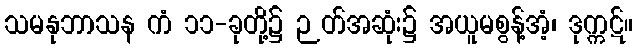
သမနုဘာသန ကံ ၁၁-ခုတို့၌ ဉတ်အဆုံး၌ အယူမစွန့်အံ့၊ ဒုက္ကဋ်။